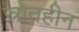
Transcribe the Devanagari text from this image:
स्रोतहीन